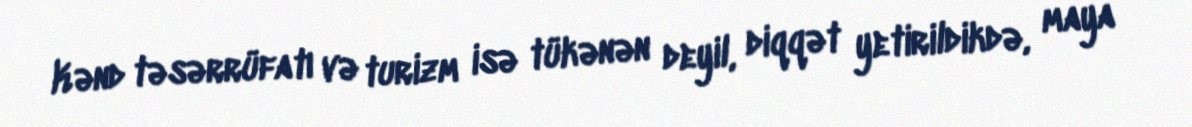
Kənd təsərrüfatı və turizm isə tükənən deyil, diqqət yetirildikdə, maya